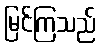
မြင်ကြသည်